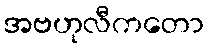
အဗဟုလီကတော